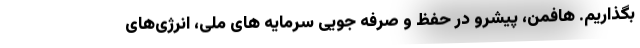
بگذاریم. هافمن، پیشرو در حفظ و صرفه جویی سرمایه های ملی، انرژی‌های